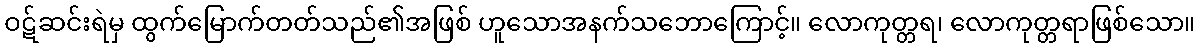
ဝဋ်ဆင်းရဲမှ ထွက်မြောက်တတ်သည်၏အဖြစ် ဟူသောအနက်သဘောကြောင့်။ လောကုတ္တရ၊ လောကုတ္တရာဖြစ်သော။